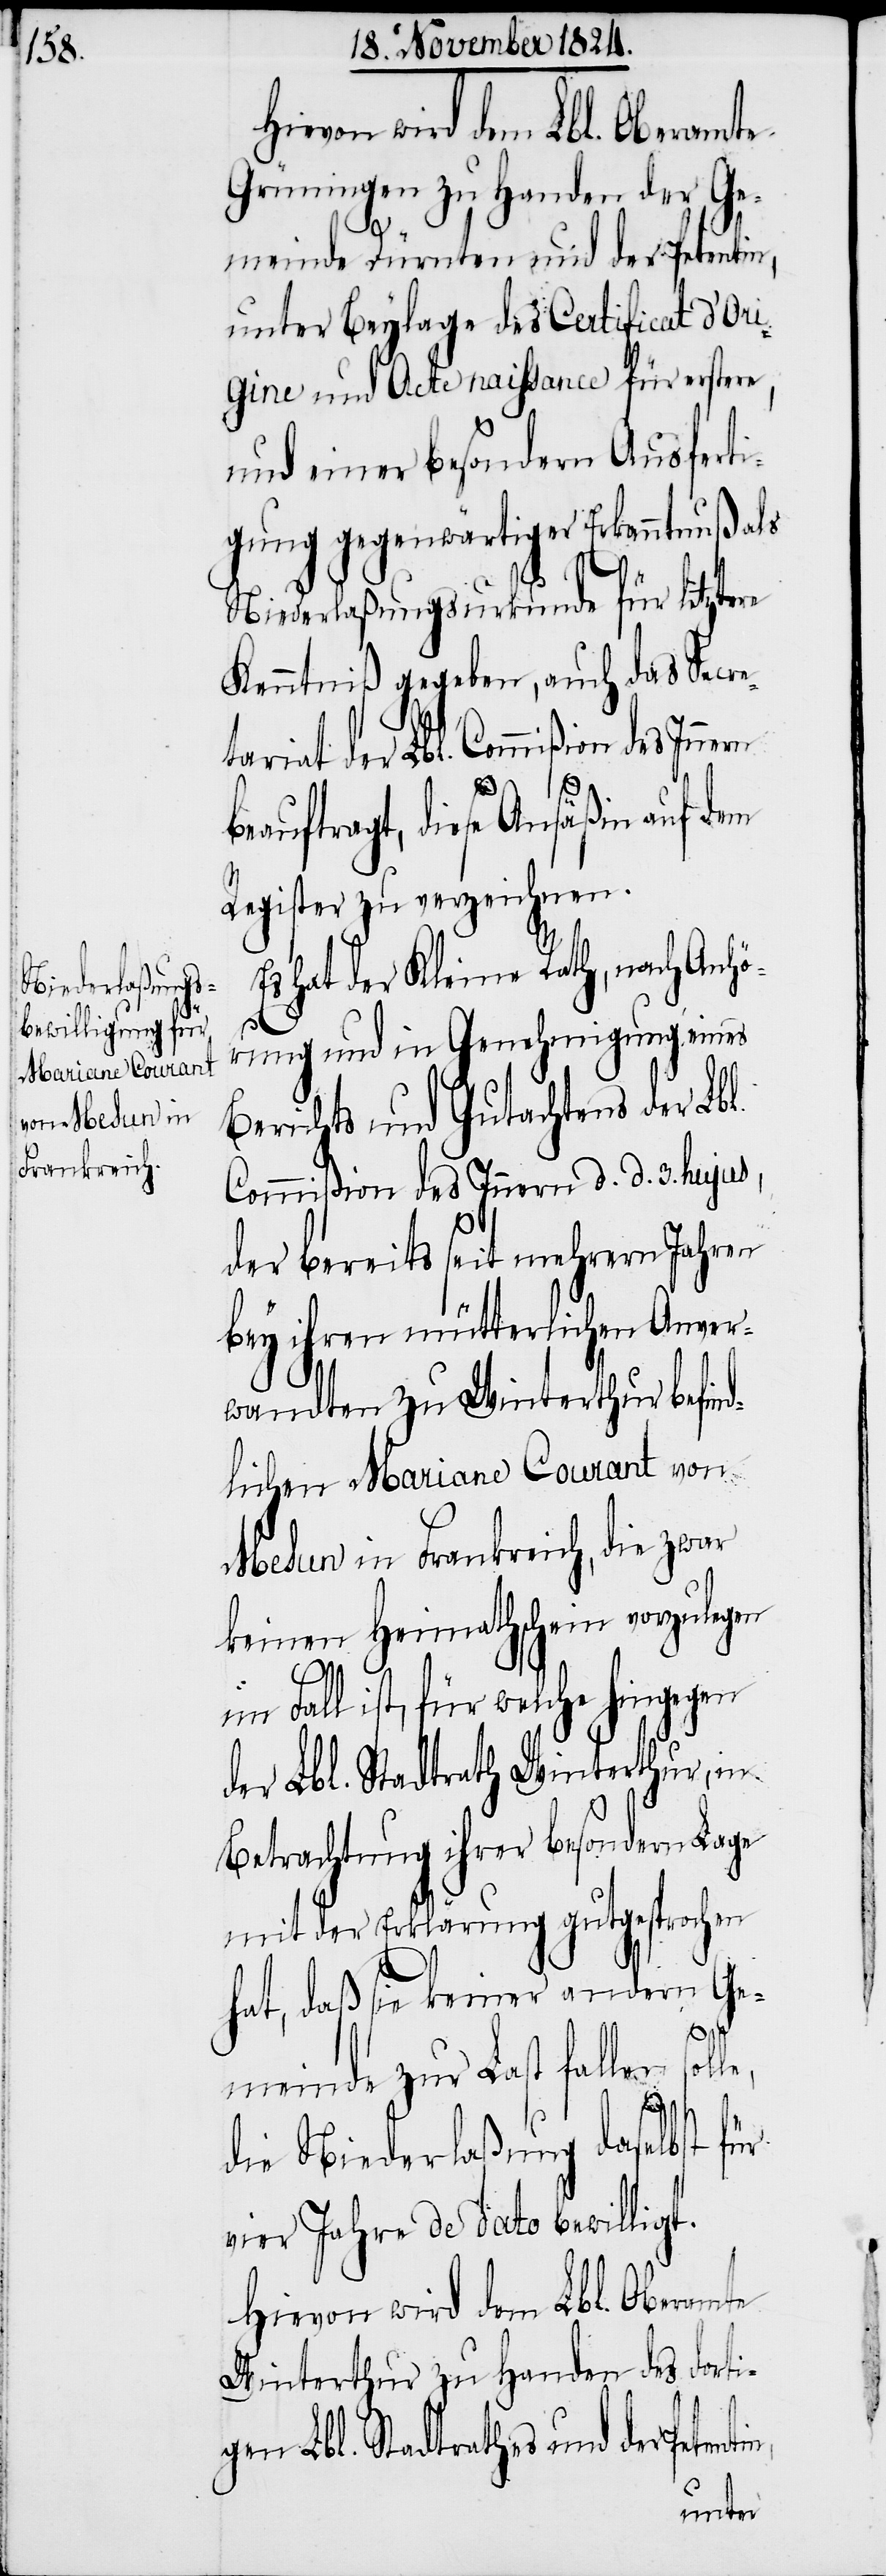
Es hat der Kleine Rath, nach Anhö¬
rung und in Genehmigung eines
Berichts und Gutachtens der Lbl.
Commißion des Innern d. d. 3ten hujus,
der bereits seit mehrern Jahren
bey ihren mütterlichen Anver¬
wandten zu Winterthur befind¬
lichen Mariane Courant von
Mesun in Frankreich, die zwar
keinen Heimathschein vorzulegen
tin,
im Fall ist, für welche hingegen
der Lbl. Stadtrath Winterthur, in
Betrachtung ihrer besondern Lage
mit der Erklärung gutgesprochen
hat, daß sie keiner andern Ge¬
meinde zu Last fallen sol¬
le,
die Niederlaßung daselbst für
vier Jahre de dato bewilligt.
Hievon wird dem Lbl. Oberamte
Winterthur zu Handen des dorti¬
gen Lbl. Stadtrathes und der Peten¬